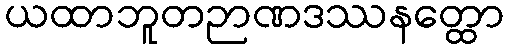
ယထာဘူတဉာဏဒဿနတ္ထော